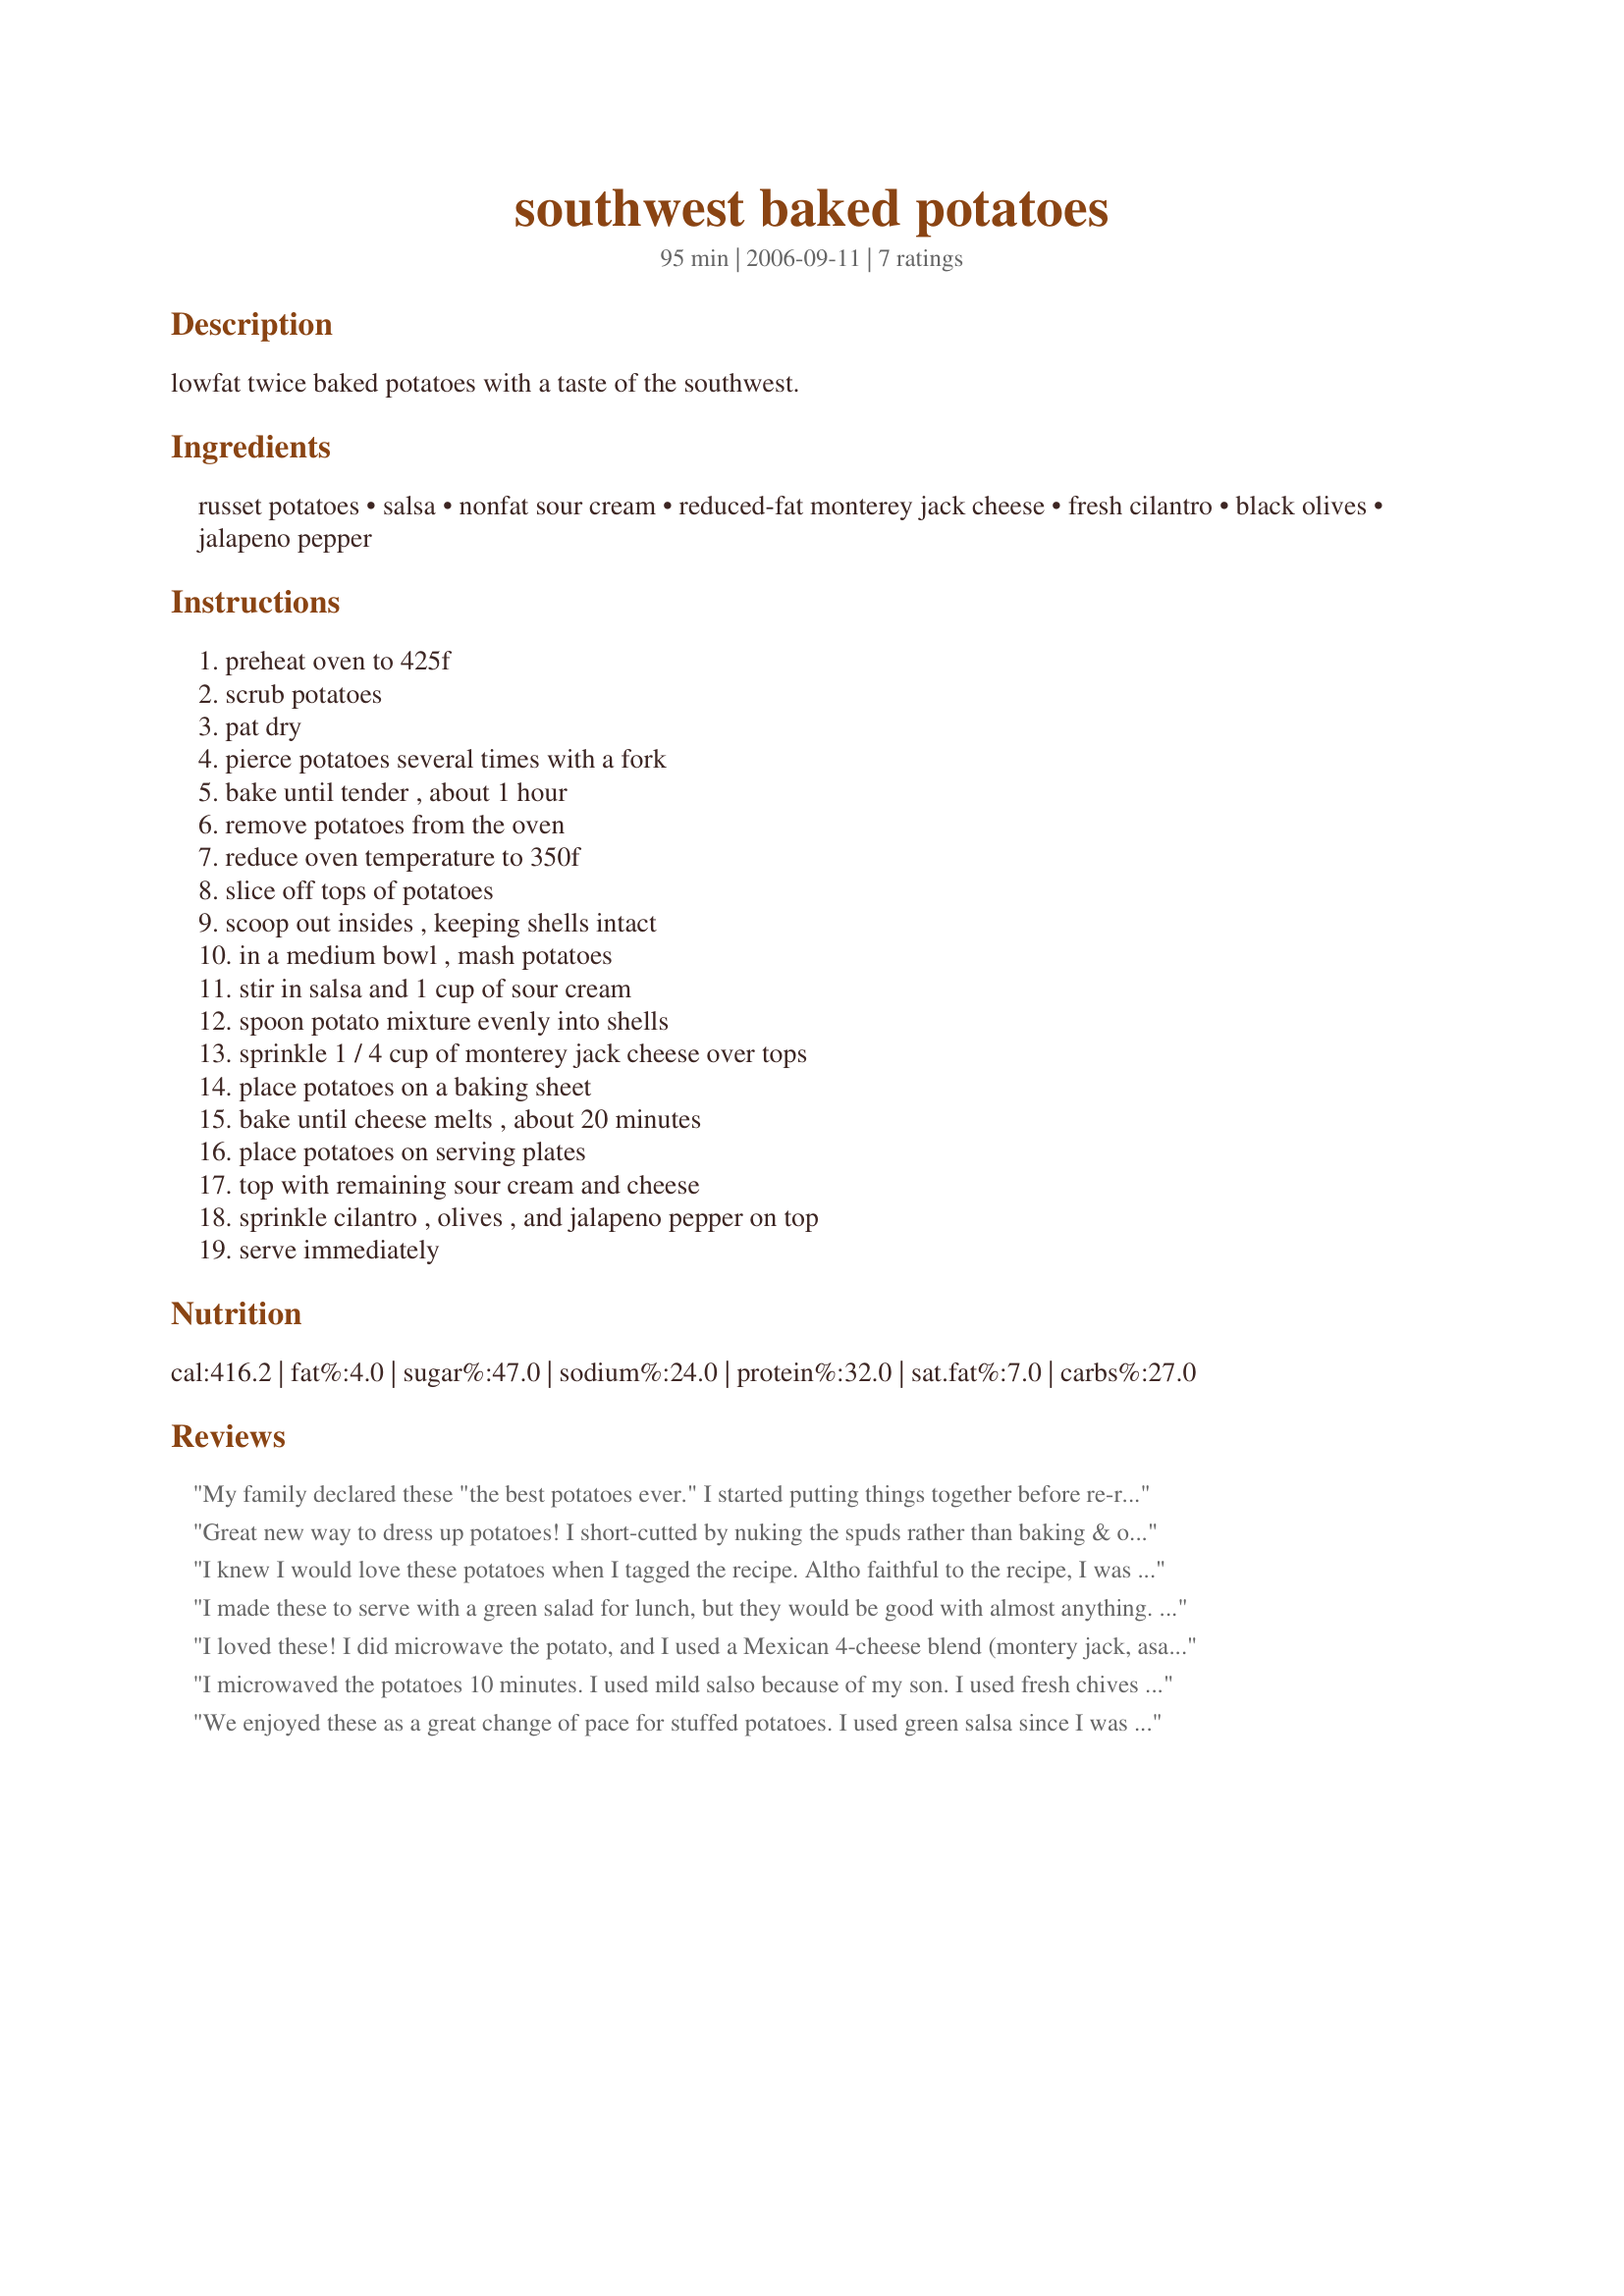
southwest baked potatoes
Preparation time: 95 minutes

lowfat twice baked potatoes with a taste of the southwest.

Ingredients:
russet potatoes, salsa, nonfat sour cream, reduced-fat monterey jack cheese, fresh cilantro, black olives, jalapeno pepper

Steps:
preheat oven to 425f, scrub potatoes, pat dry, pierce potatoes several times with a fork, bake until tender , about 1 hour, remove potatoes from the oven, reduce oven temperature to 350f, slice off tops of potatoes, scoop out insides , keeping shells intact, in a medium bowl , mash potatoes, stir in salsa and 1 cup of sour cream, spoon potato mixture evenly into shells, sprinkle 1 / 4 cup of monterey jack cheese over tops, place potatoes on a baking sheet, bake until cheese melts , about 20 minutes, place potatoes on serving plates, top with remaining sour cream and cheese, sprinkle cilantro , olives , and jalapeno pepper on top, serve immediately

Reviews:
My family declared these "the best potatoes ever." I started putting things together before re-reading the directions and mixed all of the stuff into the scooped out potatoes instead of putting it all on top, but we liked it that way. Really good mix of ingredients - Thanks for posting!
Great new way to dress up potatoes! I short-cutted by nuking the spuds rather than baking & omitted the black olives (personal preference). Used hot salsa so certainly didn't need more peppers! ;-) Thanks for sharing your recipe!
I knew I would love these potatoes when I tagged the recipe. Altho faithful to the recipe, I was short on time and pressed by DH, so I took prep shortcuts that changed the presentation. I used the ricotta/yogurt/lemon juice sub for sour cream & dried cilantro. In haste, I mixed all ingredients & half the cheese w/the potatoes and topped them w/the rest of the cheese. When cooked, I topped them again w/added salsa & put them in front of DH who was now poised at the table w/camera in hand. I loved them, but DH said I was too heavy-handed w/the salsa. I said he was too impatient. In the end, we laughed & happily agreed they are tasty & more healthy than our usual loaded version. Thx for giving us another good option. :-)
I made these to serve with a green salad for lunch, but they would be good with almost anything. I microwaved the potatoes until they were soft enough to scoop out & then baked them for the final cooking time. The salsa flavor added a nice change to twice baked potatoes. Ole!
I loved these! I did microwave the potato, and I used a Mexican 4-cheese blend (montery jack, asadero, cheddar, queso quesadilla), and a medium salsa. I was very pleasantly surprised how good the salsa was in this potato! Thanks Brenda for a great keeper. I can't wait to make this again. Made for ZWT5 2009.
I microwaved the potatoes 10 minutes. I used mild salso because of my son. I used fresh chives and omitted the jalapeno pepper. It was great. Thanks Brenda :) Made for the Saucy Senorita of ZWT5
We enjoyed these as a great change of pace for stuffed potatoes. I used green salsa since I was serving this with an entree that had red salsa. I mixed some of the cheese into the potato mixture, then sprinkled the rest on top. I cooked this entire recipe in the microwave; "baking" the potatoes and then cooking the finished product for about 5 minutes.
